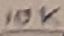
Text: 10K